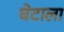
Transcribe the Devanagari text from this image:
घेटाला